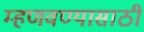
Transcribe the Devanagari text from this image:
म्हणवण्यासाठी